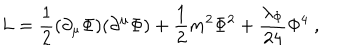
L = { \frac { 1 } { 2 } } ( \partial _ { \mu } \Phi ) ( \partial ^ { \mu } \Phi ) + { \frac { 1 } { 2 } } m ^ { 2 } \Phi ^ { 2 } + { \frac { \lambda _ { \Phi } } { 2 4 } } \Phi ^ { 4 } ~ ,